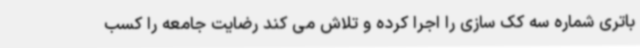
باتری شماره سه کک سازی را اجرا کرده و تلاش می کند رضایت جامعه را کسب